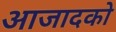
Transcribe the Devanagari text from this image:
आजादको